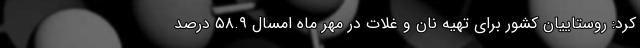
کرد: روستاییان کشور برای تهیه نان و غلات در مهر ماه امسال ۵۸.۹ درصد